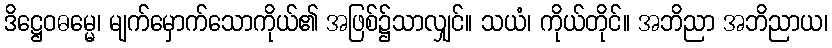
ဒိဋ္ဌေဝဓမ္မေ၊ မျက်မှောက်သောကိုယ်၏ အဖြစ်၌သာလျှင်။ သယံ၊ ကိုယ်တိုင်။ အဘိညာ အဘိညာယ၊